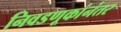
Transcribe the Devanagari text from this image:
निवडणूकांनंतर